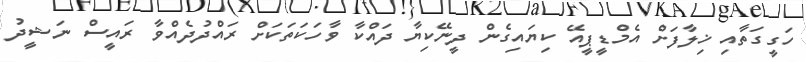
ހަގީގަތާއި ޚިލާފަށް އެމްޑީޕީއޭ ކިޔައިގެން ދީނޭކިޔާ ދައްކާ ވާހަކަތަކަށް ރައްދުދެއްވާ ރައީސް ނަޝީދު